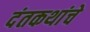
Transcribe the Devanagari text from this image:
दंतकथांचे